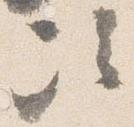
次